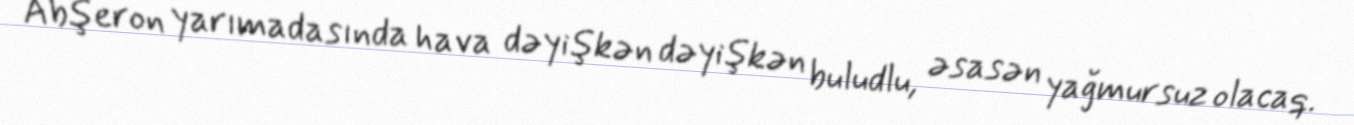
Abşeron yarımadasında hava dəyişkən dəyişkən buludlu, əsasən yağmursuz olacaq.